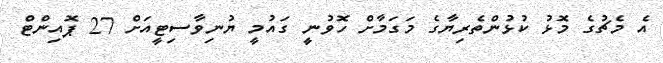
އެ މެޗުގެ މޮޅު ކުޅުންތެރިޔާގެ މަގަމާށް ހޮވުނީ ގައުމީ ޔުނިވާސިޓީއަށް 27 ޕޮއިންޓް